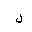
Letter: _lam